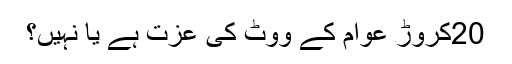
20کروڑ عوام کے ووٹ کی عزت ہے یا نہیں؟